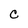
Character: C